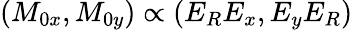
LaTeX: (M_{0x},M_{0y})\propto(E_{R}E_{x},E_{y}E_{R})